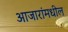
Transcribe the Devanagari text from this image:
आजारांमधील